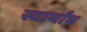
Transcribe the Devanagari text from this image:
स्वार्थांध